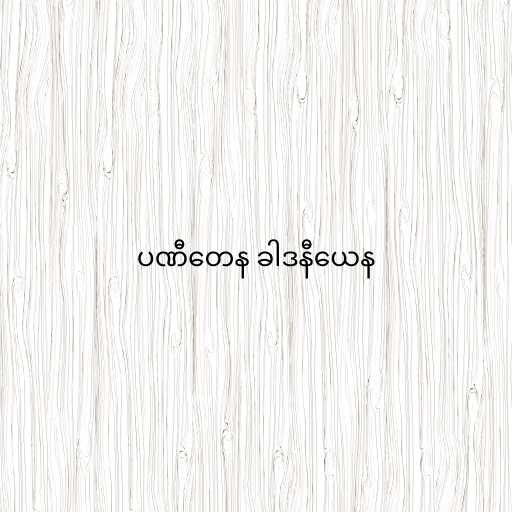
ပဏီတေန ခါဒနီယေန